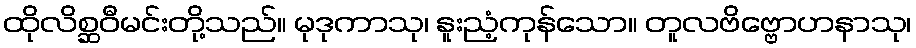
ထိုလိစ္ဆဝီမင်းတို့သည်။ မုဒုကာသု၊ နူးညံ့ကုန်သော။ တူလဗိဗ္ဗောဟနာသု၊